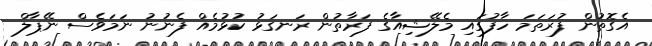
އެގޮތުން ފުރަތަމަ ހާފުގައި މެލޭޝިއާގެ ފަރާތުން ރަނގަޅު ކުޅުމެއް ފެނުނު ނަމަވެސް ނޭޕާލް